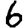
Digit: 6